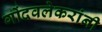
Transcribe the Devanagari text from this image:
गोंदवलेकरांनी